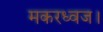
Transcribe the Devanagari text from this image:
मकरध्वज।